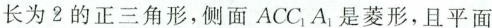
长为2的正三角形，侧面ACC_{1}A_{1}是菱形，且平面